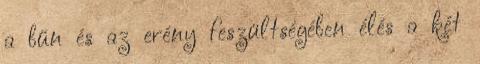
a bűn és az erény feszültségében élés a két